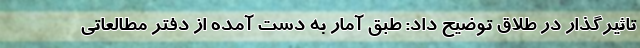
تاثیرگذار در طلاق توضیح داد: طبق آمار به دست آمده از دفتر مطالعاتی